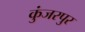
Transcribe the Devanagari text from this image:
कुंजरपुर